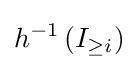
h^{-1}\left(I_{\geq i}\right)